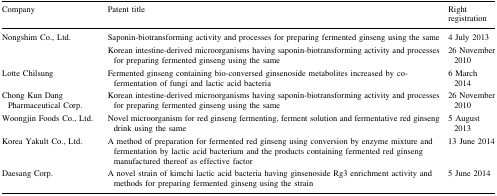
<table><thead><tr><td><b>Company</b></td><td><b>Patent title</b></td><td><b>Right registration</b></td></tr></thead><tbody><tr><td rowspan="2">Nongshim Co., Ltd.</td><td>Saponin-biotransforming activity and processes for preparing fermented ginseng using the same</td><td>4 July 2013</td></tr><tr><td>Korean intestine-derived microorganisms having saponin-biotransforming activity and processes for preparing fermented ginseng using the same</td><td>26 November 2010</td></tr><tr><td>Lotte Chilsung</td><td>Fermented ginseng containing bio-conversed ginsenoside metabolites increased by co-fermentation of fungi and lactic acid bacteria</td><td>6 March 2014</td></tr><tr><td>Chong Kun Dang Pharmaceutical Corp.</td><td>Korean intestine-derived microorganisms having saponin-biotransforming activity and processes for preparing fermented ginseng using the same</td><td>26 November 2010</td></tr><tr><td>Woongjin Foods Co., Ltd.</td><td>Novel microorganism for red ginseng fermenting, ferment solution and fermentative red ginseng drink using the same</td><td>5 August 2013</td></tr><tr><td>Korea Yakult Co., Ltd.</td><td>A method of preparation for fermented red ginseng using conversion by enzyme mixture and fermentation by lactic acid bacterium and the products containing fermented red ginseng manufactured thereof as effective factor</td><td>13 June 2014</td></tr><tr><td>Daesang Corp.</td><td>A novel strain of kimchi lactic acid bacteria having ginsenoside Rg3 enrichment activity and methods for preparing fermented ginseng using the strain</td><td>5 June 2014</td></tr></tbody></table>